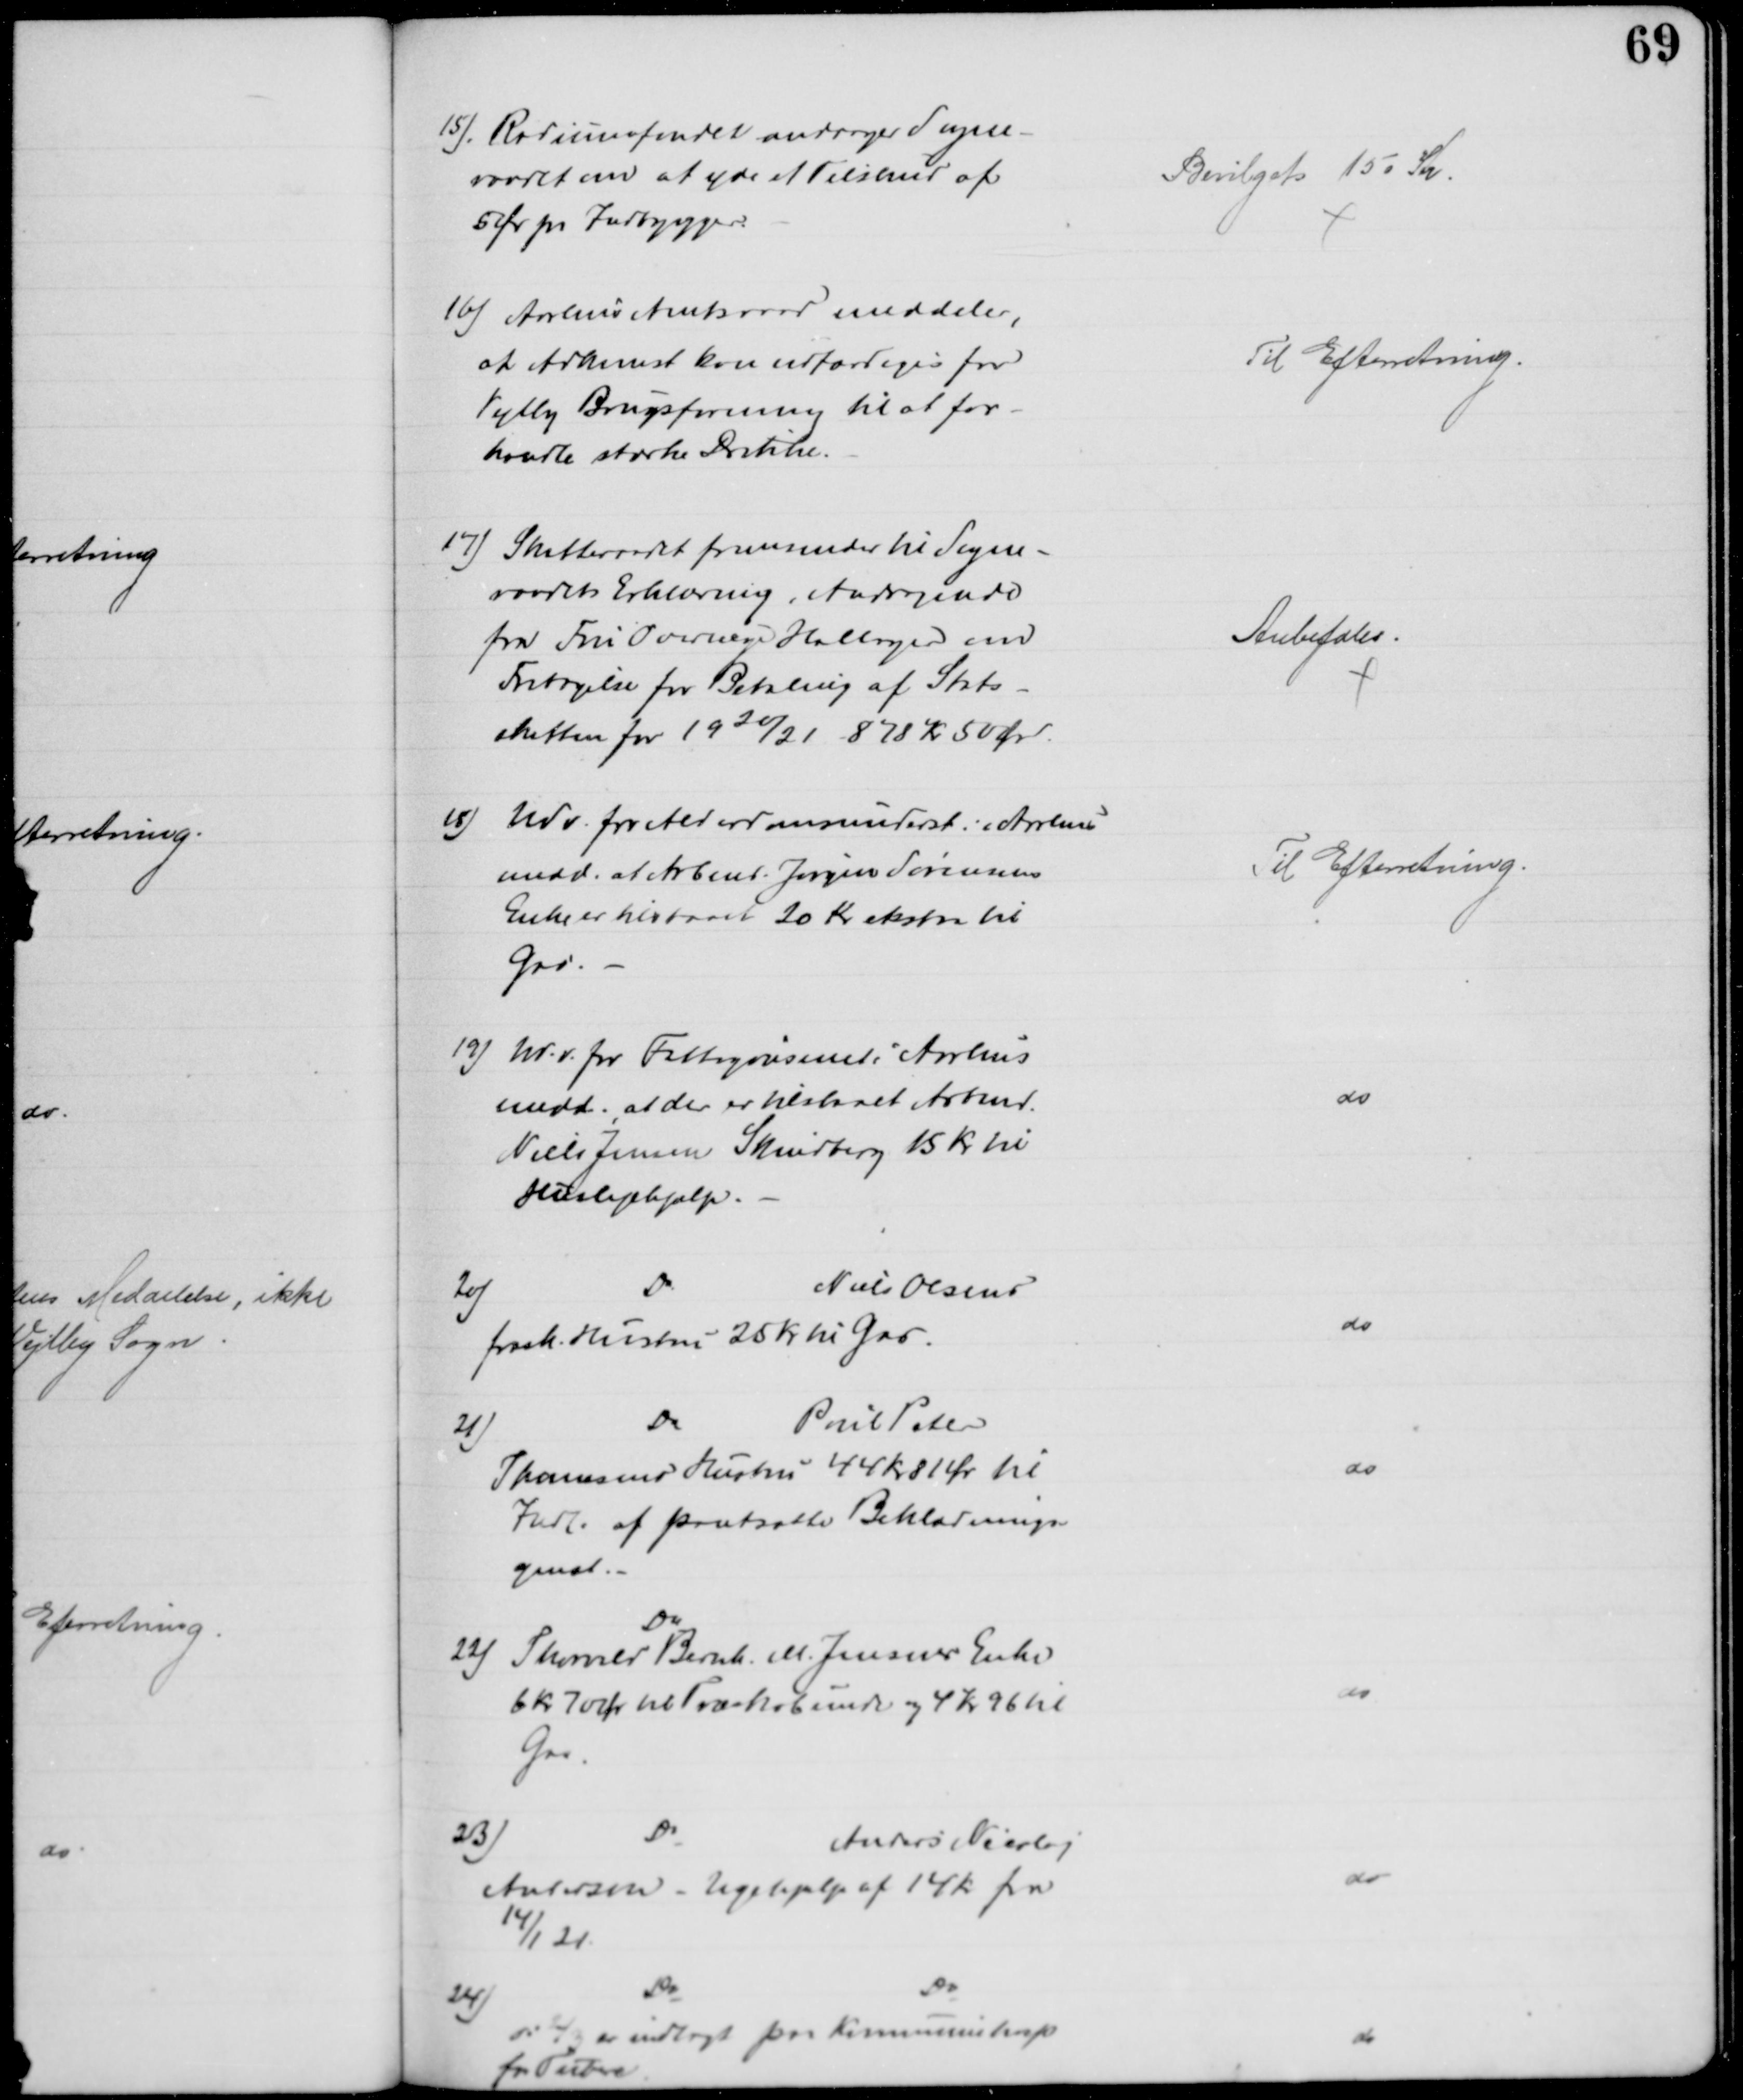
Transskription:
15). Radiumfondet andrager Sogne-
raadet om at yde et Tilskud af
5 Ør pr Indbygger.
Bevilget 150 Kr.
16) Aarhus Amtsraad meddeler,
at Adkomst kan udfærdiges for
Vejlby Brugsforening til at for-
handle stærke Drikke.
Til Efterretning.
17) Skatteraadet fremsender til Sogne-
raadets Erklæring, Andragende
fra Fru Overlæge Hallager om
Fritagelse for Betaling af Stats-
skatten for 1920/21 878 Kr 50 Ør.
Anbefales.
18)
Udv. for Alderdomsunderst. i Aarhus
medd. at Arbmd. Jørgen Sørensens
Enke er tilstaaet 20 Kr ekstra til 
Gas.
Til Efterretning
19) Udv. for Fattigvæsenet i Aarhus
medd., at der er tilstaaet Arbmd.
Niels Jensen Skindberg 15 Kr til
Huslejehjælp.
do
20)
Do
Niels Olsens
frask. Hustru 25 Kr til Gas
do
21)
Do
Poul Peter
Thomsens Hustru 44 Kr 81 Ør til
Indl. af pantsatte Beklædnings-
genst.
do
Do
22) Thorvald Bernh. M. Jensens Enke
6 kr 70 Ør til Træskobunde og 4 Kr 96 til
Gas
do
23)
Do
Anders Nicolaj
Andersen - Ugehjælp af 14 Kr fra
14/1 21
do
24)
Do
Do
d: 2/3 er indlagt paa Kommunehosp
for Tuberc.
do